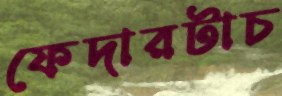
ফেদারটাচ